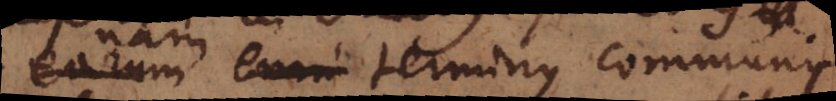
earum nam enim terminus communis